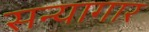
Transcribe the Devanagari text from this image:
सन्यागार